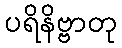
ပရိနိဗ္ဗာတု